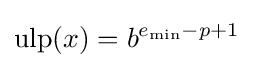
\operatorname {ulp} (x)=b^{e_{\min }-p+1}